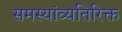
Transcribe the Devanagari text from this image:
समस्यांव्यतिरिक्त